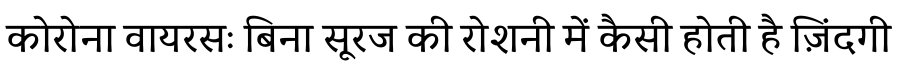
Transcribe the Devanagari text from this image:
कोरोना वायरसः बिना सूरज की रोशनी में कैसी होती है ज़िंदगी